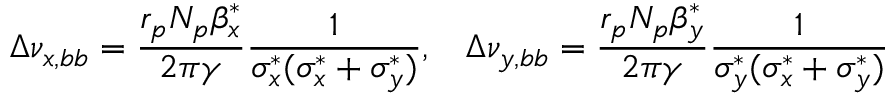
\Delta \nu _ { x , b b } = \frac { r _ { p } N _ { p } \beta _ { x } ^ { * } } { 2 \pi \gamma } \frac { 1 } { \sigma _ { x } ^ { * } ( \sigma _ { x } ^ { * } + \sigma _ { y } ^ { * } ) } , \; \; \; \Delta \nu _ { y , b b } = \frac { r _ { p } N _ { p } \beta _ { y } ^ { * } } { 2 \pi \gamma } \frac { 1 } { \sigma _ { y } ^ { * } ( \sigma _ { x } ^ { * } + \sigma _ { y } ^ { * } ) }